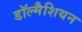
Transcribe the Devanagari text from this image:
डॉल्मैशियन